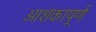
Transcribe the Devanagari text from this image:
आशंकापूर्ण